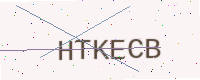
Text: HTKECB